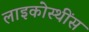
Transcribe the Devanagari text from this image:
लाइकोस्थींस